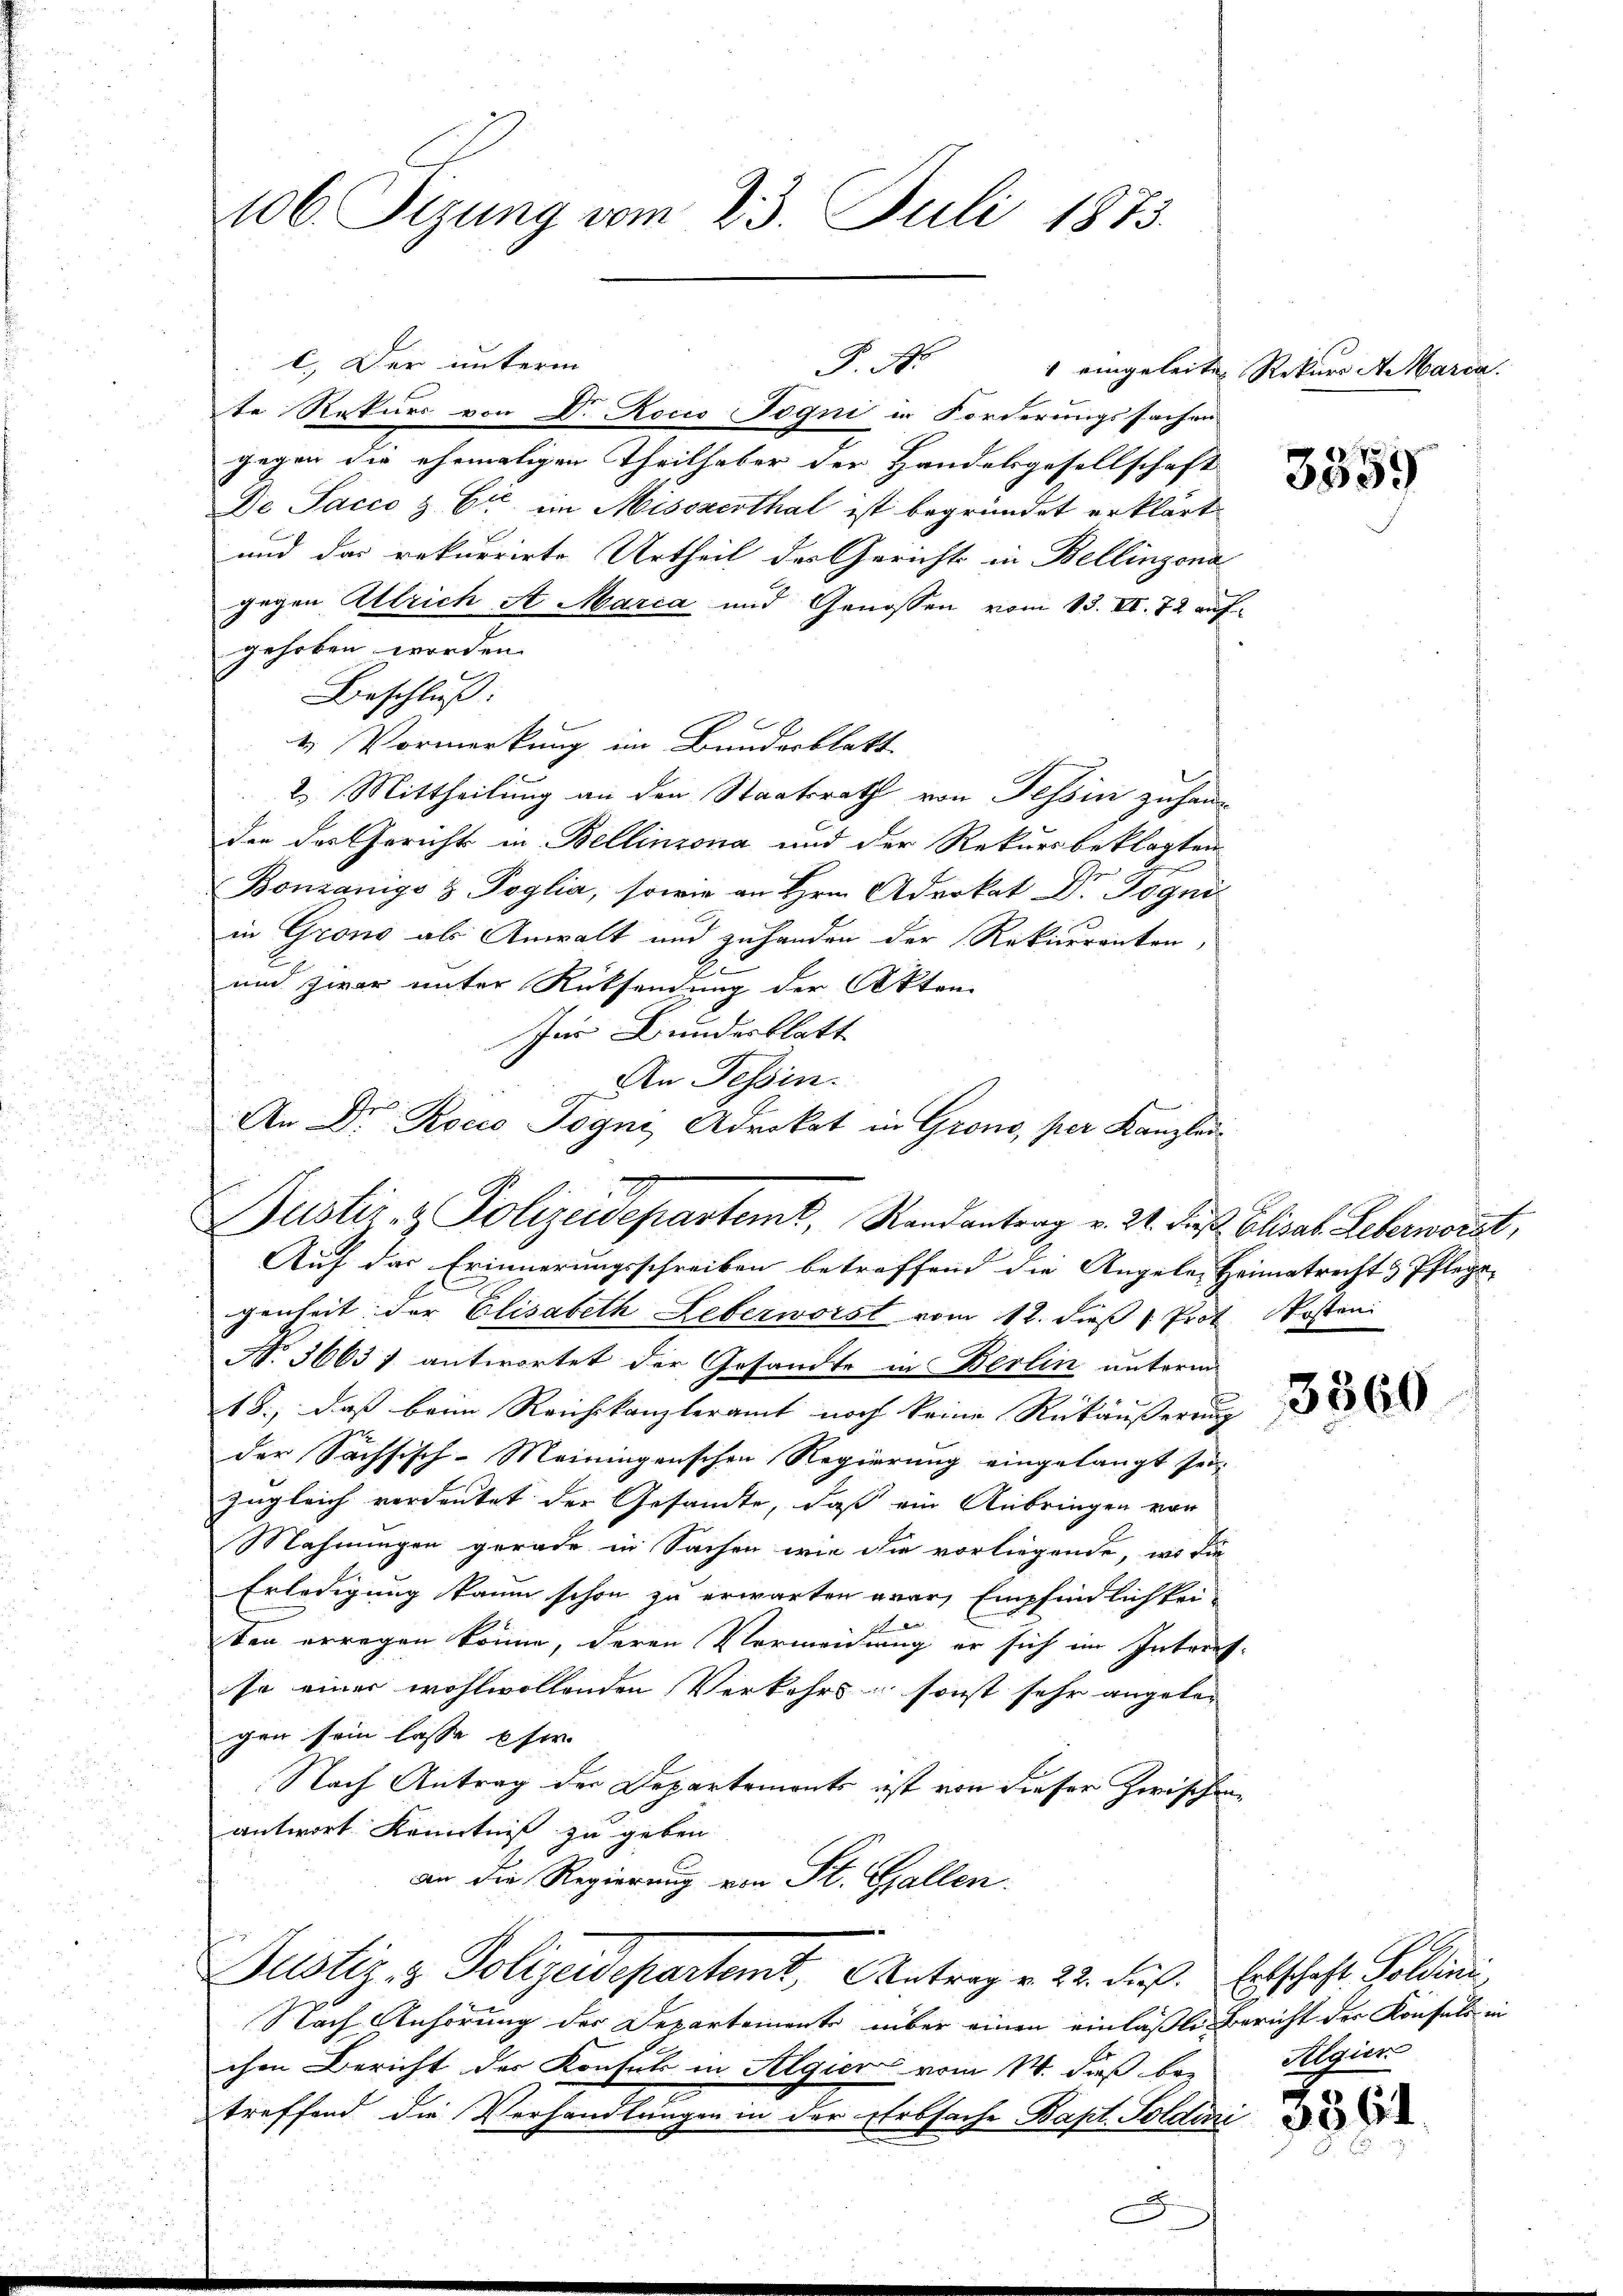
106 Sizung vom 23. Juli 1873.

c.) Der unterm
te Rekurs von Dr Rocio Fogni in Forderungssachen
gegen die ehemaligen Theilhaber der Handelsgesellschaft
De Sacco & Cie im Misszerthal ist begründet erklärt.
und das rekurrirte Urtheil des Gerichts in Bellinzona
gegen Allrich A Marca und Genossen vom 13. VI. 72 auf
gehoben worden.
Beschluß:
4.) Vormerkung im Bunderblatt
2. Mittheilung an den Staatsrath von Tessin zuhang
der das Gericht in Bellinzona und der Rekursbeklagten
Bonzanigs & Poglia, sowie an Hrn. Advokat Dr. Jogni
in Grono als Anwalt und zuhanden der Rekurrenten,
.
und zwar unter Rücksendung der Akten
für Bundesblatt
An Tessin.
Auf das Erinnerungsschreiben betreffend die Angeler Heimatrecht & Pflege- |
genheit der Elisabeth Leberworst vom 12. dieß Prof Kosten
No. 36637 antwortet der Gesandte in Berlin unterm
18., dass beim Reichskanzleramt noch keine Rückäusserrung
der Sachsisch-Meiningenschen Regierung eingelangt sei.
zugleich verdeutet der Gesandte, daß ein Anbringen von
Mahnungen gerade in Sachen wie die vorliegende, wo die
Erledigung kaum schon zu erwarten war, Empfindlichkei-
ten erregen könne, deren Vermeidung er sich im Intren
se einer wohlwollenden Verkehrs, sonst sehr angelegen sein lasse ser
Nach Antrag der Departemonts ist von dieser Zwische
antwort Kenntniß zu geben.
an die Regierung von St. Gallen.
Justiz- & Polizeidepartemt, Antrag v. 22. Fuß.
Nach Anhörung der Departemente über einen einlaßte Bericht der Konfels in
chen Bericht der Kontuk in Algier vom 14. dieß bez
m
treffend die Verhandlungen in der Erbsache Bapt. Soldari

An Dr Rocco Pogni Advokat in Grono, per Kanzlei
Justiz- & Polizeidepartemt, Randantrag v. 24. Die. Elisab. Leberworzt,

F. No

eingeleiten Rekurs A. Marca

3559

3360

Ertschaft Soldini
Algier

1.

i

3364